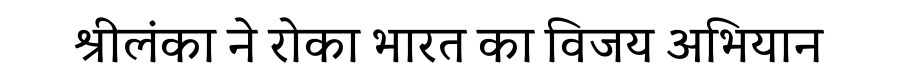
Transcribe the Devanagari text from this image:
श्रीलंका ने रोका भारत का विजय अभियान